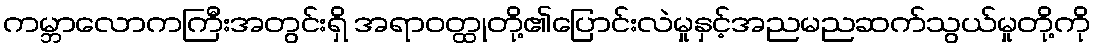
ကမ္ဘာလောကကြီးအတွင်းရှိ အရာဝတ္ထုတို့၏ပြောင်းလဲမှုနှင့်အညမညဆက်သွယ်မှုတို့ကို